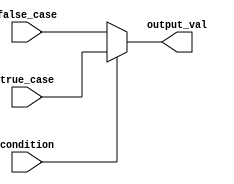
module ConditionalOperatorAssignment (
    input wire condition,        // Single-bit condition input
    input wire [7:0] true_case, // 8-bit value for the true case
    input wire [7:0] false_case, // 8-bit value for the false case
    output reg [7:0] output_val  // 8-bit output value
);

// Always block to handle the conditional assignment
always @(*) begin
    output_val = (condition) ? true_case : false_case; // Conditional assignment
end

endmodule